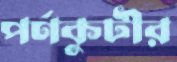
পর্ণকুটীর